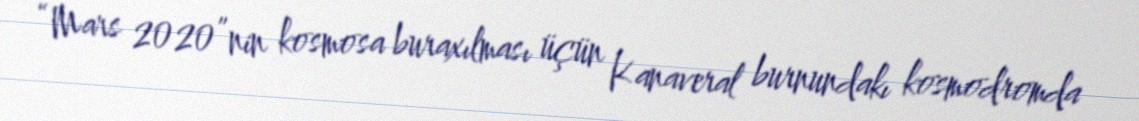
“Mars 2020”nin kosmosa buraxılması üçün Kanaveral burnundakı kosmodromda